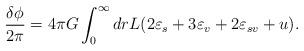
LaTeX: \begin{align*}\frac{\delta\phi}{2\pi}=4\pi G\int _{0}^\infty dr L(2\varepsilon _s +3\varepsilon _v + 2\varepsilon _{sv} +u).\end{align*}